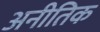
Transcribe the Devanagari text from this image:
अनीतिक